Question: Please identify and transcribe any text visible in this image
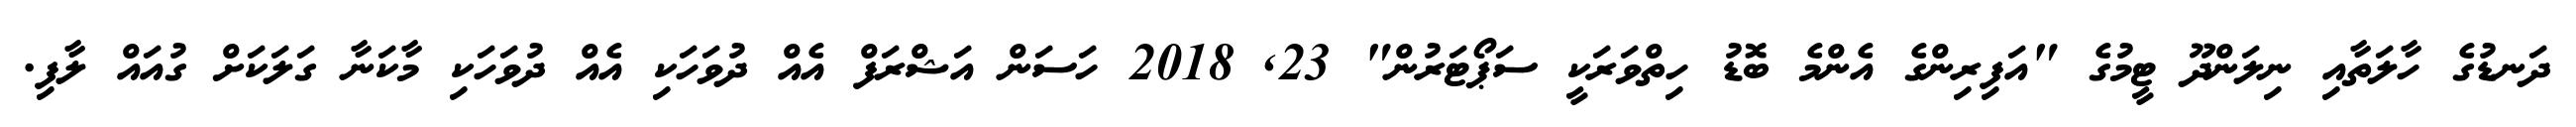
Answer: ދަނޑުގެ ހާލަތާއި ނިލަންދޫ ޓީމުގެ "އަފިރިންގެ އެންމެ ބޮޑު ހިތްވަރަކީ ސަޕޯޓަރުން" 23, 2018 ހަސަން އަޝްރަފް އެއް ދުވަހަކި އެއް ދުވަހަކި މާކަނާ ގަލަކަށް ގުއައް ލާފި.